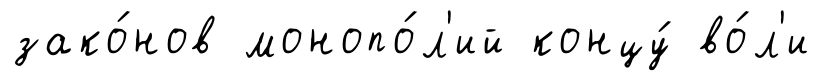
зако́нов монопо́л'ий концу́ во́л'и